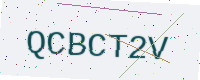
Text: QCBCT2V